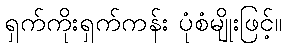
ရှက်ကိုးရှက်ကန်း ပုံစံမျိုးဖြင့်။